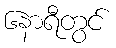
၆နာရီတွင်